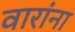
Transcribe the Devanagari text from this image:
वारांना